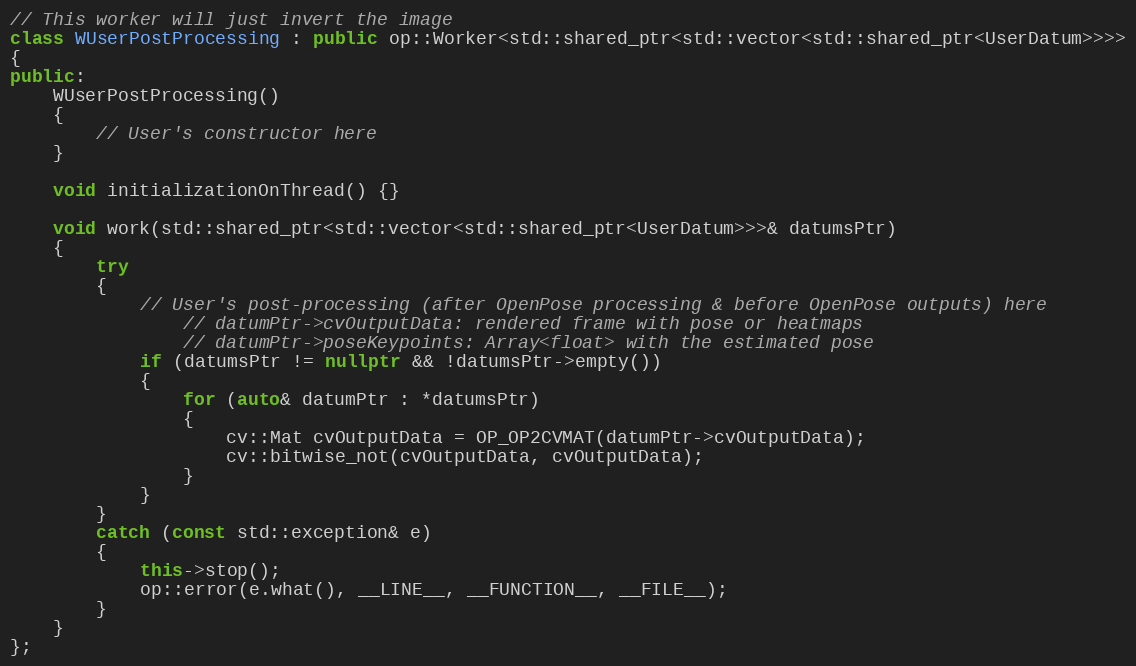
Language: C++
// This worker will just invert the image
class WUserPostProcessing : public op::Worker<std::shared_ptr<std::vector<std::shared_ptr<UserDatum>>>>
{
public:
    WUserPostProcessing()
    {
        // User's constructor here
    }

    void initializationOnThread() {}

    void work(std::shared_ptr<std::vector<std::shared_ptr<UserDatum>>>& datumsPtr)
    {
        try
        {
            // User's post-processing (after OpenPose processing & before OpenPose outputs) here
                // datumPtr->cvOutputData: rendered frame with pose or heatmaps
                // datumPtr->poseKeypoints: Array<float> with the estimated pose
            if (datumsPtr != nullptr && !datumsPtr->empty())
            {
                for (auto& datumPtr : *datumsPtr)
                {
                    cv::Mat cvOutputData = OP_OP2CVMAT(datumPtr->cvOutputData);
                    cv::bitwise_not(cvOutputData, cvOutputData);
                }
            }
        }
        catch (const std::exception& e)
        {
            this->stop();
            op::error(e.what(), __LINE__, __FUNCTION__, __FILE__);
        }
    }
};